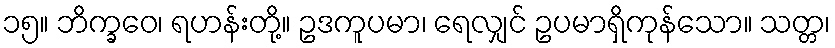
၁၅။ ဘိက္ခဝေ၊ ရဟန်းတို့။ ဥဒကူပမာ၊ ရေလျှင် ဥပမာရှိကုန်သော။ သတ္တ၊